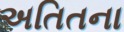
અતિતના